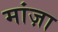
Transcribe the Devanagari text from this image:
मांज़ा